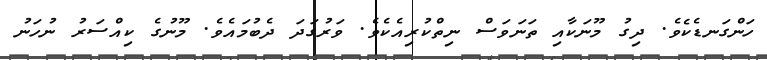
ހަންގަނޑެކެވެ. ދިގު މޫނަކާއި ތަނަވަސް ނިތްކުރިއެކެވެ. ވަރުގަދަ ދެބުމައެވެ. މޫނުގެ ކިއްސަރު ނުހަނު